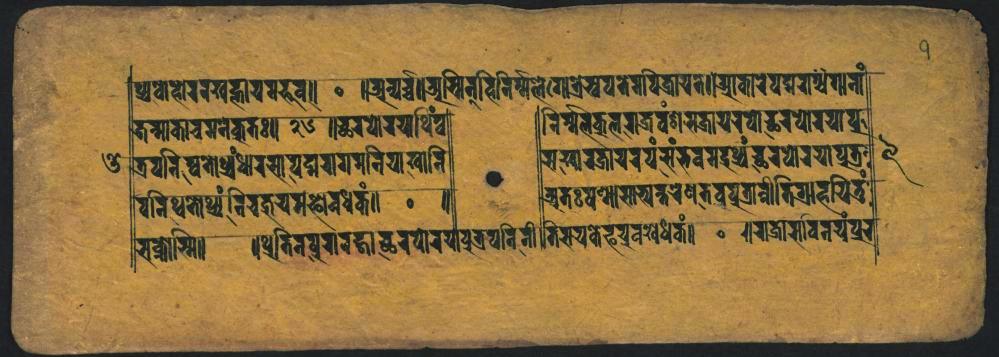
𑐥𑑂𑐬𑐎𑐴𑑀𑐬𑐬𑐏𑐖𑑂𑐘𑐵𑐫𑐧𑑂𑐨𑐹𑐰𑑌 𑐟𑑂𑐩𑐵𑐎𑐵𑐔𑐩𑐣𑐎𑐸𑐟𑑅𑑋𑑒𑐸𑑌𑐕𑐬𑐥𑑀𑐫𑐠𑐶𑑄𑐰 𑐟𑑂𑐬𑐥𑐣𑐶𑐲𑑂𑐰𑐟𑑀𑐧𑑂𑐬𑑄𑐢𑐵𑐬𑐳𑐵𑐥𑐡𑑂𑐩𑐬𑐐𑐩𑐣𑐶𑐫𑐵𑐏𑐵𑐣𑐶 𑐰𑐣𑐶𑐠𑐟𑑀𑐠𑑂𑐫𑑄𑐰𑐶𑐔𑐎𑑂𑐟𑐫𑐩𑐞𑑂𑐦𑑀𑐰𑐢𑑄𑐎𑑄𑑌 𑐎𑑂𑐢𑑀𑐩𑐶